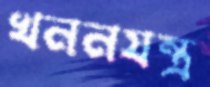
খননযন্ত্র